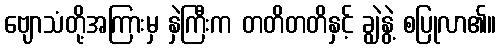
ဗျောသံတို့အကြားမှ နှဲကြီးက တတိတတိနှင့် ချွဲနွဲ့ စပြုလာ၏။